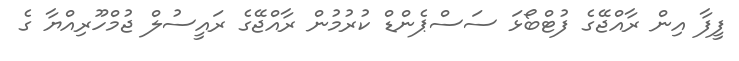
ފީފާ އިން ރާއްޖޭގެ ފުޓްބޯޅަ ސަސްޕެންޑް ކުރުމުން ރާއްޖޭގެ ރައީސުލް ޖުމްހޫރިއްޔާ ގެ